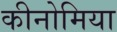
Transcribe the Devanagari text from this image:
कीनोमिया